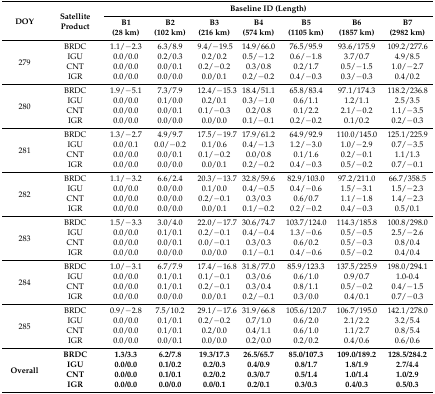
<table><thead><tr><td rowspan="2"><b>DOY</b></td><td rowspan="2"><b>Satellite Product</b></td><td colspan="7"><b>Baseline ID (Length)</b></td></tr><tr><td><b>B1 (28 km)</b></td><td><b>B2 (102 km)</b></td><td><b>B3 (216 km)</b></td><td><b>B4 (574 km)</b></td><td><b>B5 (1105 km)</b></td><td><b>B6 (1857 km)</b></td><td><b>B7 (2982 km)</b></td></tr></thead><tbody><tr><td rowspan="4">279</td><td>BRDC</td><td>1.1/−2.3</td><td>6.3/8.9</td><td>9.4/−19.5</td><td>14.9/66.0</td><td>76.5/95.9</td><td>93.6/175.9</td><td>109.2/277.6</td></tr><tr><td>IGU</td><td>0.0/0.0</td><td>0.2/0.3</td><td>0.2/0.2</td><td>0.5/−1.2</td><td>0.6/−1.8</td><td>3.7/0.7</td><td>4.9/8.5</td></tr><tr><td>CNT</td><td>0.0/0.0</td><td>0.0/0.1</td><td>0.2/−0.2</td><td>0.3/0.8</td><td>0.2/1.7</td><td>0.5/−1.5</td><td>1.0/−2.7</td></tr><tr><td>IGR</td><td>0.0/0.0</td><td>0.0/0.0</td><td>0.0/0.1</td><td>0.2/−0.2</td><td>0.4/−0.3</td><td>0.3/−0.3</td><td>0.4/0.2</td></tr><tr><td rowspan="4">280</td><td>BRDC</td><td>1.9/−5.1</td><td>7.3/7.9</td><td>12.4/−15.3</td><td>18.4/51.1</td><td>65.8/83.4</td><td>97.1/174.3</td><td>118.2/236.8</td></tr><tr><td>IGU</td><td>0.0/0.0</td><td>0.1/0.0</td><td>0.2/0.1</td><td>0.3/−1.0</td><td>0.6/1.1</td><td>1.2/1.1</td><td>2.5/3.5</td></tr><tr><td>CNT</td><td>0.0/0.0</td><td>0.0/0.1</td><td>0.1/−0.3</td><td>0.2/0.8</td><td>0.1/2.2</td><td>2.1/−0.2</td><td>1.1/−3.5</td></tr><tr><td>IGR</td><td>0.0/0.0</td><td>0.0/0.0</td><td>0.0/0.0</td><td>0.1/−0.1</td><td>0.2/−0.2</td><td>0.1/0.2</td><td>0.2/−0.3</td></tr><tr><td rowspan="4">281</td><td>BRDC</td><td>1.3/−2.7</td><td>4.9/9.7</td><td>17.5/−19.7</td><td>17.9/61.2</td><td>64.9/92.9</td><td>110.0/145.0</td><td>125.1/225.9</td></tr><tr><td>IGU</td><td>0.0/0.1</td><td>0.0/−0.2</td><td>0.1/0.6</td><td>0.4/−1.3</td><td>1.2/−3.0</td><td>1.0/−2.9</td><td>0.7/−3.5</td></tr><tr><td>CNT</td><td>0.0/0.0</td><td>0.0/0.1</td><td>0.1/−0.2</td><td>0.0/0.8</td><td>0.1/1.6</td><td>0.2/−0.1</td><td>1.1/1.3</td></tr><tr><td>IGR</td><td>0.0/0.0</td><td>0.0/0.0</td><td>0.0/0.1</td><td>0.2/−0.2</td><td>0.4/−0.3</td><td>0.5/−0.2</td><td>0.7/−0.1</td></tr><tr><td rowspan="4">282</td><td>BRDC</td><td>1.1/−3.2</td><td>6.6/2.4</td><td>20.3/−13.7</td><td>32.8/59.6</td><td>82.9/103.0</td><td>97.2/211.0</td><td>66.7/358.5</td></tr><tr><td>IGU</td><td>0.0/0.0</td><td>0.0/0.0</td><td>0.1/0.0</td><td>0.4/−0.5</td><td>0.4/−0.6</td><td>1.5/−3.1</td><td>1.5/−2.3</td></tr><tr><td>CNT</td><td>0.0/0.0</td><td>0.0/0.0</td><td>0.2/−0.1</td><td>0.3/0.3</td><td>0.6/0.7</td><td>1.1/−1.8</td><td>1.4/−2.3</td></tr><tr><td>IGR</td><td>0.0/0.0</td><td>0.0/0.0</td><td>0.0/0.1</td><td>0.1/−0.2</td><td>0.2/−0.2</td><td>0.4/−0.3</td><td>0.5/0.1</td></tr><tr><td rowspan="4">283</td><td>BRDC</td><td>1.5/−3.3</td><td>3.0/4.0</td><td>22.0/−17.7</td><td>30.6/74.7</td><td>103.7/124.0</td><td>114.3/185.8</td><td>100.8/298.0</td></tr><tr><td>IGU</td><td>0.0/0.0</td><td>0.1/0.1</td><td>0.2/−0.1</td><td>0.4/−0.4</td><td>1.3/−0.6</td><td>0.5/−0.5</td><td>2.5/−2.6</td></tr><tr><td>CNT</td><td>0.0/0.0</td><td>0.0/0.1</td><td>0.0/−0.1</td><td>0.3/0.3</td><td>0.6/0.2</td><td>0.5/−0.3</td><td>0.8/0.4</td></tr><tr><td>IGR</td><td>0.0/0.0</td><td>0.0/0.0</td><td>0.0/0.0</td><td>0.1/−0.1</td><td>0.4/−0.6</td><td>0.5/−0.2</td><td>0.4/0.4</td></tr><tr><td rowspan="4">284</td><td>BRDC</td><td>1.0/−3.1</td><td>6.7/7.9</td><td>17.4/−16.8</td><td>31.8/77.0</td><td>85.9/123.3</td><td>137.5/225.9</td><td>198.0/294.1</td></tr><tr><td>IGU</td><td>0.0/0.0</td><td>0.1/0.1</td><td>0.1/−0.1</td><td>0.3/0.6</td><td>0.6/1.0</td><td>0.9/0.7</td><td>1.0-0.4</td></tr><tr><td>CNT</td><td>0.0/0.0</td><td>0.1/0.1</td><td>0.2/−0.1</td><td>0.3/0.4</td><td>0.8/1.1</td><td>0.5/−0.2</td><td>0.4/−1.5</td></tr><tr><td>IGR</td><td>0.0/0.0</td><td>0.0/0.0</td><td>0.0/0.1</td><td>0.2/−0.1</td><td>0.3/0.0</td><td>0.4/0.1</td><td>0.7/−0.3</td></tr><tr><td rowspan="4">285</td><td>BRDC</td><td>0.9/−2.8</td><td>7.5/10.2</td><td>29.1/−17.6</td><td>31.9/66.8</td><td>105.6/120.7</td><td>106.7/195.0</td><td>142.1/278.0</td></tr><tr><td>IGU</td><td>0.0/0.0</td><td>0.1/0.1</td><td>0.2/−0.2</td><td>0.7/1.0</td><td>0.6/2.0</td><td>2.1/2.2</td><td>3.2/5.4</td></tr><tr><td>CNT</td><td>0.0/0.0</td><td>0.1/0.1</td><td>0.2/0.0</td><td>0.4/1.1</td><td>0.6/1.0</td><td>1.1/2.7</td><td>0.8/5.4</td></tr><tr><td>IGR</td><td>0.0/0.0</td><td>0.0/0.1</td><td>0.0/0.0</td><td>0.2/0.0</td><td>0.2/0.2</td><td>0.4/0.6</td><td>0.6/0.6</td></tr><tr><td rowspan="4"><b>Overall</b></td><td><b>BRDC</b></td><td><b>1.3/3.3</b></td><td><b>6.2/7.8</b></td><td><b>19.3/17.3</b></td><td><b>26.5/65.7</b></td><td><b>85.0/107.3</b></td><td><b>109.0/189.2</b></td><td><b>128.5/284.2</b></td></tr><tr><td><b>IGU</b></td><td><b>0.0/0.0</b></td><td><b>0.1/0.2</b></td><td><b>0.2/0.3</b></td><td><b>0.4/0.9</b></td><td><b>0.8/1.7</b></td><td><b>1.8/1.9</b></td><td><b>2.7/4.4</b></td></tr><tr><td><b>CNT</b></td><td><b>0.0/0.0</b></td><td><b>0.1/0.1</b></td><td><b>0.2/0.2</b></td><td><b>0.3/0.7</b></td><td><b>0.5/1.4</b></td><td><b>1.0/1.4</b></td><td><b>1.0/2.9</b></td></tr><tr><td><b>IGR</b></td><td><b>0.0/0.0</b></td><td><b>0.0/0.0</b></td><td><b>0.0/0.1</b></td><td><b>0.2/0.1</b></td><td><b>0.3/0.3</b></td><td><b>0.4/0.3</b></td><td><b>0.5/0.3</b></td></tr></tbody></table>